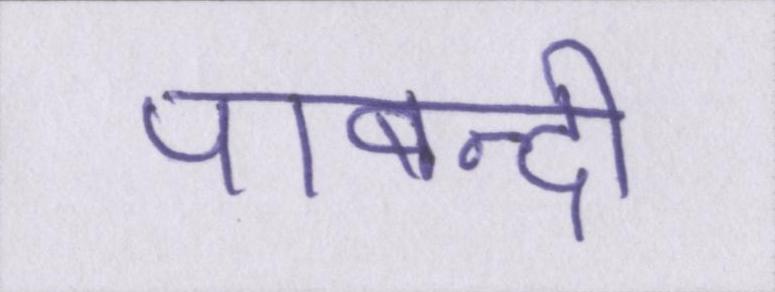
पाबन्दी